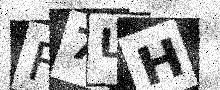
Text: F7LH